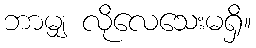
ဘာမျှ လိုလေသေးမရှိ။